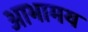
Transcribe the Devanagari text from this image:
आभामय